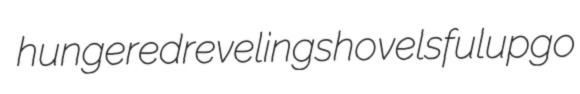
hungered reveling shovelsful upgo